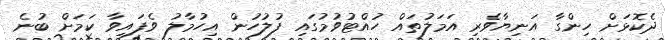
ދެކޮޅަށް ހިންގާ އަނިޔާވެރި އަމަލުތައް ހުއްޓުވުމުގައި ފުލުހުން އިހުމާލު ވެފައިވާ ކަމަށް ބުނެ